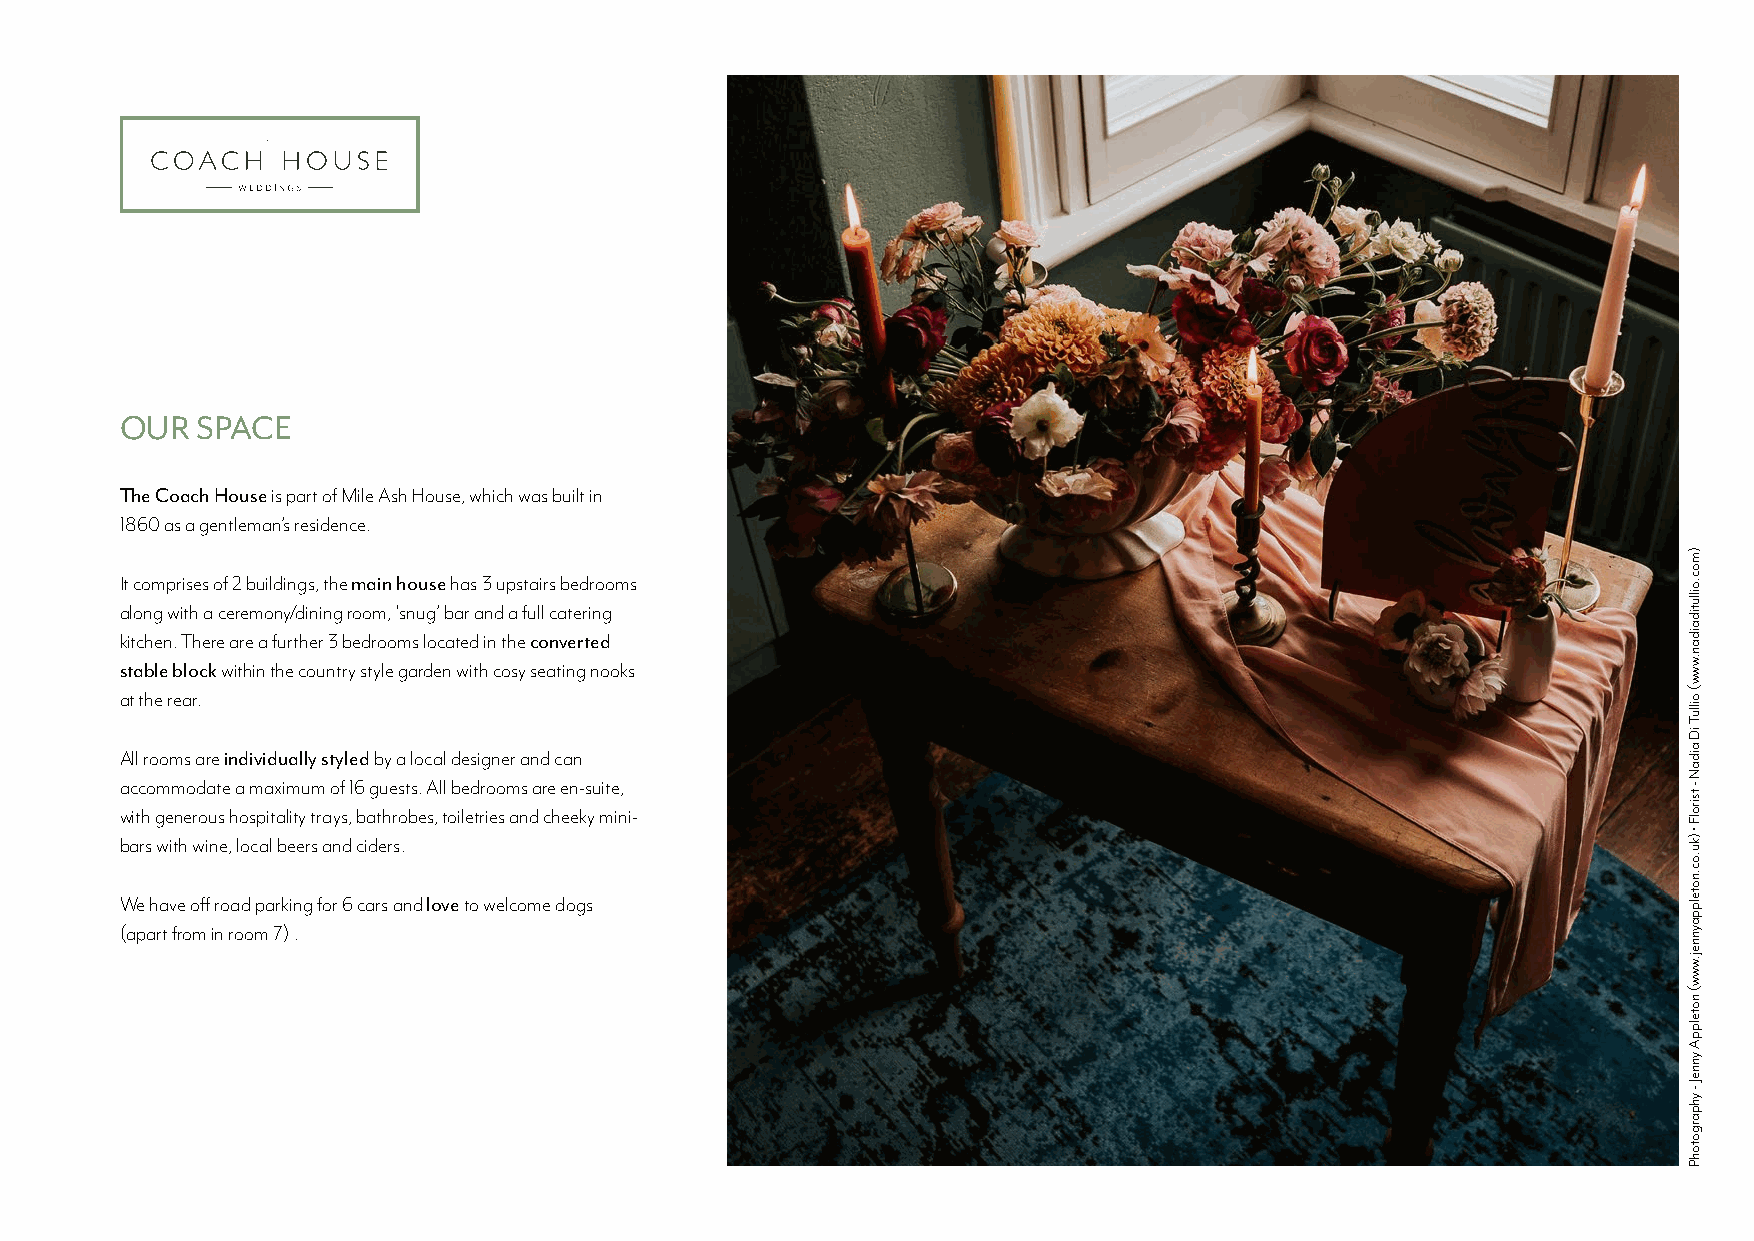
OUR  SPACE
 The Coach House is part of Mile Ash House, which was built in
 1860 as a gentleman’s residence.
 It comprises of 2 buildings, the main house has 3 upstairs bedrooms
 along with a ceremony/dining room, ‘snug’ bar and a full catering
 kitchen. There are a further 3 bedrooms located in the converted
 stable block within the country style garden with cosy seating nooks
 at the rear.
 All rooms are individually styled by a local designer and can
 accommodate a maximum of 16 guests. All bedrooms are en-suite,
 with generous hospitality trays, bathrobes, toiletries and cheeky mini-
 bars with wine, local beers and ciders.
 We have off road parking for 6 cars and love to welcome dogs
 (apart from in room 7) .
 )moc.oillutidaidan.www(
 oilluT
 iD
 aidaN
 -
 tsirolF
 •
 )ku.oc.notelppaynnej.www(
 notelppA
 ynneJ
 -
 yhpargotohP